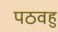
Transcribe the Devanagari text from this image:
पठवहु